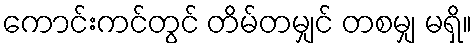
ကောင်းကင်တွင် တိမ်တမျှင် တစမျှ မရှိ။